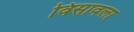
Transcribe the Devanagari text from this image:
विसावला